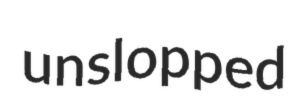
unslopped